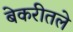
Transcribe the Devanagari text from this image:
बेकरीतले